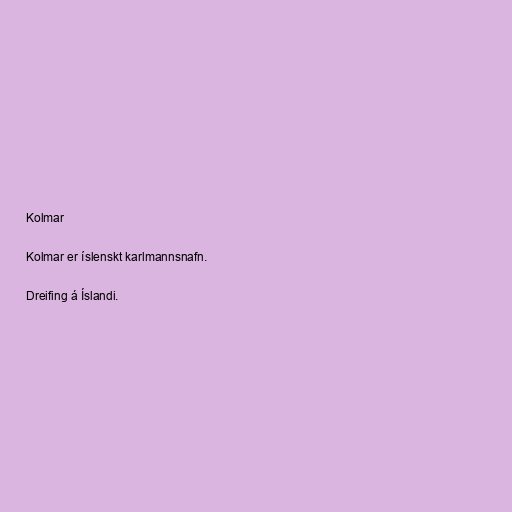
Kolmar

Kolmar er íslenskt karlmannsnafn.

Dreifing á Íslandi.